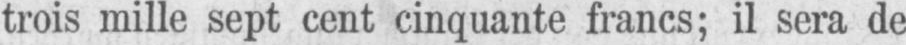
trois mille sept cent cinquante francs; il sera de